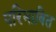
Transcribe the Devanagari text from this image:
परिभावित